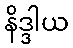
နိဒ္ဒါယ